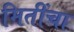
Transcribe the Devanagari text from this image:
मितींचा